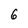
Character: 6